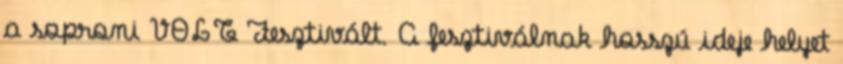
a soproni VOLT Fesztivált. A fesztiválnak hosszú ideje helyet